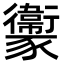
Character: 𧲔